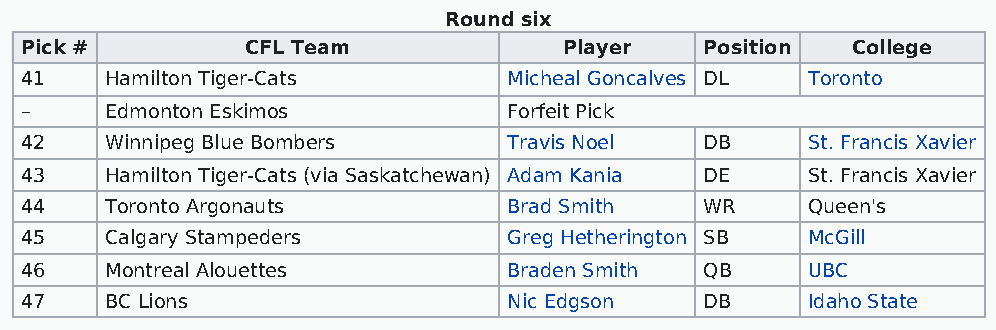
Round six
 Pick #         CFL Team             Player    Position College
 41    Hamilton Tiger-Cats        Micheal Goncalves DL Toronto
 –     Edmonton Eskimos           Forfeit Pick
 42    Winnipeg Blue Bombers      Travis Noel  DB    St. Francis Xavier
 43    Hamilton Tiger-Cats (via Saskatchewan) Adam Kania DE St. Francis Xavier
 44    Toronto Argonauts          Brad Smith   WR    Queen's
 45    Calgary Stampeders         Greg Hetherington SB McGill
 46    Montreal Alouettes         Braden Smith QB    UBC
 47    BC Lions                   Nic Edgson   DB    Idaho State